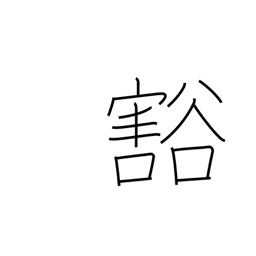
Meaning: empty